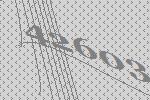
42603